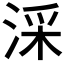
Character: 𣶶